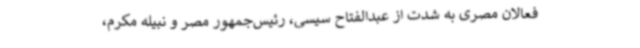
فعالان مصری به شدت از عبدالفتاح سیسی، رئیس‌جمهور مصر و نبیله مکرم،